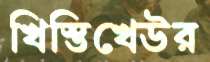
খিস্তিখেউর